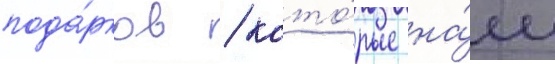
пода́рков / кото́рые на́м